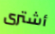
أشترى